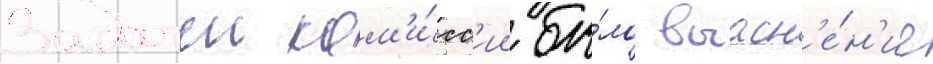
Задачеи ком'и́сс'ии бы́ло выасн'е́н'ие